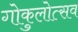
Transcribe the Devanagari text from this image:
गोकुलोत्सव